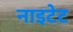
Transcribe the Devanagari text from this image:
नाइटेट